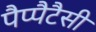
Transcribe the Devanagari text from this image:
पैप्पैटैसी